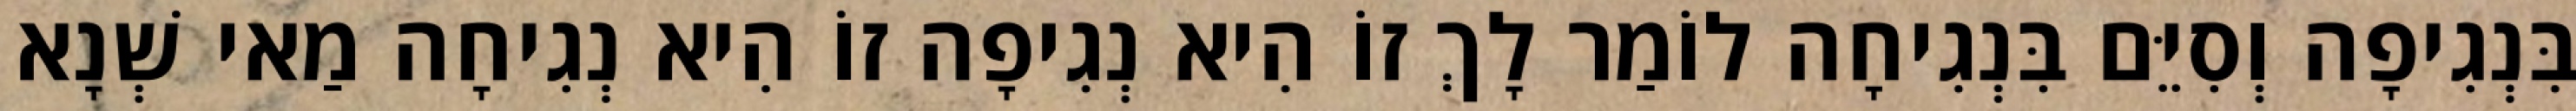
בִּנְגִיפָה וְסִיֵּם בִּנְגִיחָה לוֹמַר לָךְ זוֹ הִיא נְגִיפָה זוֹ הִיא נְגִיחָה מַאי שְׁנָא